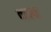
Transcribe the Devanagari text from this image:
काब